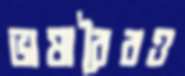
ভাষাবৈরও